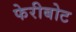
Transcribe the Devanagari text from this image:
फेरीबोट